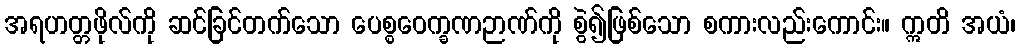
အရဟတ္တဖိုလ်ကို ဆင်ခြင်တက်သော ပေစ္စဝေက္ခဏဉာဏ်ကို စွဲ၍ဖြစ်သော စကားလည်းကောင်း။ ဣတိ အယံ၊